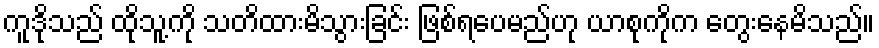
ကူဒိုသည် ထိုသူ့ကို သတိထားမိသွားခြင်း ဖြစ်ရပေမည်ဟု ယာစုကိုက တွေးနေမိသည်။